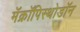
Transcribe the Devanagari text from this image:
मॅक्रॉपिस्थोडॉन